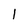
Character: 1